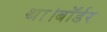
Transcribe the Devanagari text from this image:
था।बॉर्डर